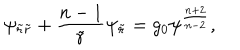
\psi _ { { \tilde { r } } { \tilde { r } } } + { \frac { n - 1 } { \tilde { r } } } \psi _ { \tilde { r } } = g _ { 0 } \psi ^ { \frac { n + 2 } { n - 2 } } ,